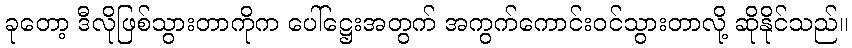
ခုတော့ ဒီလိုဖြစ်သွားတာကိုက ပေါ်ဋ္ဌေးအတွက် အကွက်ကောင်းဝင်သွားတာလို့ ဆိုနိုင်သည်။